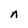
Character: n